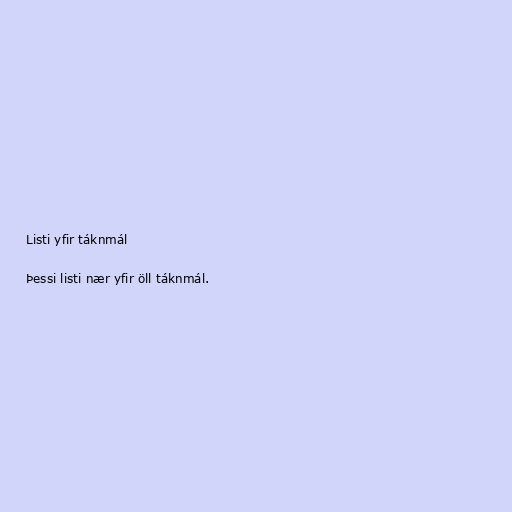
Listi yfir táknmál

Þessi listi nær yfir öll táknmál.